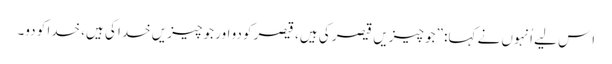
‏ اِس لیے اُنہوں نے کہا:‏ ”‏جو چیزیں قیصر کی ہیں،‏ قیصر کو دو اور جو چیزیں خدا کی ہیں،‏ خدا کو دو۔